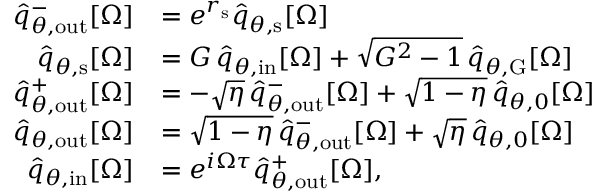
\begin{array} { r l } { \hat { q } _ { \theta , \mathrm { o u t } } ^ { - } [ \Omega ] } & { = e ^ { r _ { \mathrm { s } } } \hat { q } _ { \theta , \mathrm { s } } [ \Omega ] } \\ { \hat { q } _ { \theta , \mathrm { s } } [ \Omega ] } & { = G \, \hat { q } _ { \theta , \mathrm { i n } } [ \Omega ] + \sqrt { G ^ { 2 } - 1 } \, \hat { q } _ { \theta , \mathrm { G } } [ \Omega ] } \\ { \hat { q } _ { \theta , \mathrm { o u t } } ^ { + } [ \Omega ] } & { = - \sqrt { \eta } \, \hat { q } _ { \theta , \mathrm { o u t } } ^ { - } [ \Omega ] + \sqrt { 1 - \eta } \, \hat { q } _ { \theta , 0 } [ \Omega ] } \\ { \hat { q } _ { \theta , \mathrm { o u t } } [ \Omega ] } & { = \sqrt { 1 - \eta } \, \hat { q } _ { \theta , \mathrm { o u t } } ^ { - } [ \Omega ] + \sqrt { \eta } \, \hat { q } _ { \theta , 0 } [ \Omega ] } \\ { \hat { q } _ { \theta , \mathrm { i n } } [ \Omega ] } & { = e ^ { i \Omega \tau } \hat { q } _ { \theta , \mathrm { o u t } } ^ { + } [ \Omega ] , } \end{array}